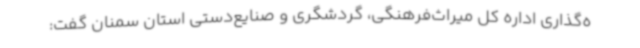
ه‌گذاری اداره کل میراث‌فرهنگی، گردشگری و صنایع‌دستی استان سمنان گفت: